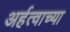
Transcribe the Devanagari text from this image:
अर्हत्वाच्या